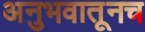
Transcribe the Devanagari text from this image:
अनुभवातूनच